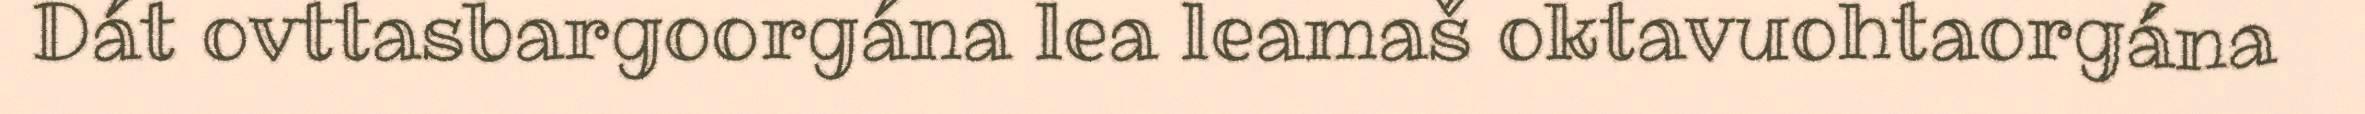
Dát ovttasbargoorgána lea leamaš oktavuohtaorgána